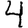
Digit: 4